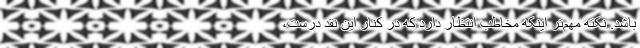
باشد. نکته مهم‌تر اینکه مخاطب انتظار دارد که‌ در کنار این نقد درست،